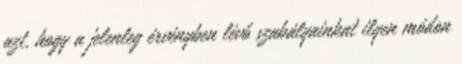
azt, hogy a jelenleg érvényben lévő szabályainkat ilyen módon